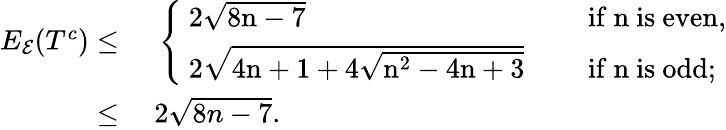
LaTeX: \begin{array}{rl}{E_{\mathcal{E}}(T^{c})\leq}&{~\left\{ \begin{array}{ll}{\mathrm{~2\sqrt{8n-7}~}}&{\quad\mathrm{if~n~is~even,}}\\ {\mathrm{~2\sqrt{4n+1+4\sqrt{n^2-4n+3}}~}}&{\quad\mathrm{if~n~is~odd;}}\end{array}\right.}\\ {\leq}&{~2\sqrt{8n-7}.}\end{array}